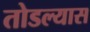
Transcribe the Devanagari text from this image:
तोडल्यास